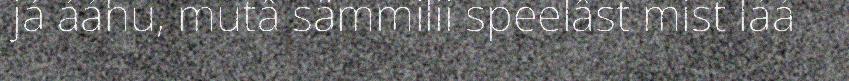
já ááhu, mutâ sämmilii speelâst mist láá